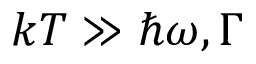
k T \gg \hbar \omega , \Gamma